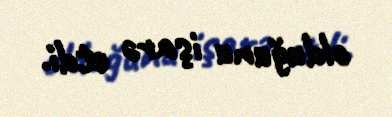
olduğunu işarə etdi.